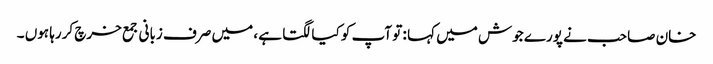
خان صاحب نے پورے جوش میں کہا : تو آپ کو کیا لگتا ہے ، میں صرف زبانی جمع خرچ کررہا ہوں ۔